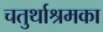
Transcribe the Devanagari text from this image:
चतुर्थाश्रमका